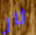
ثار